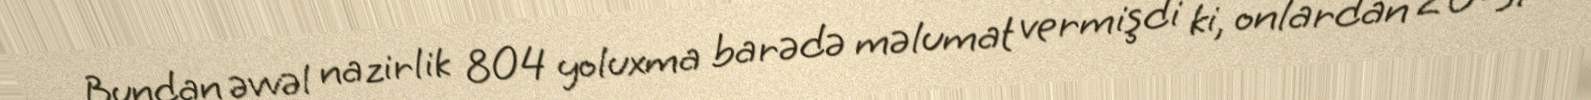
Bundan əvvəl nazirlik 804 yoluxma barədə məlumat vermişdi ki, onlardan 20-si